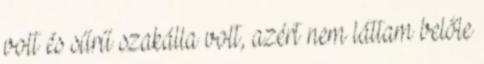
volt és sűrű szakálla volt, azért nem láttam belőle